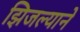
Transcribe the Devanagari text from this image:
झिजल्याने